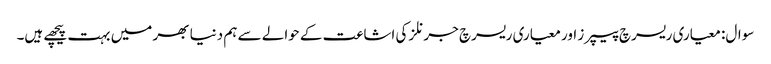
سوال: معیاری ریسرچ پیپرز اور معیاری ریسرچ جرنلز کی اشاعت کے حوالے سے ہم دنیا بھر میں بہت پیچھے ہیں۔